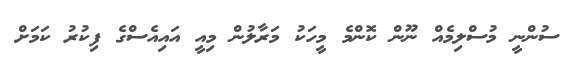
ސުންނީ މުސްލިމެއް ނޫން ކޮންމެ މީހަކު މަރާލުން މިއީ އައިއެސްގެ ފިކުރު ކަމަށް